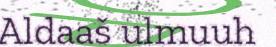
Aldaaš ulmuuh